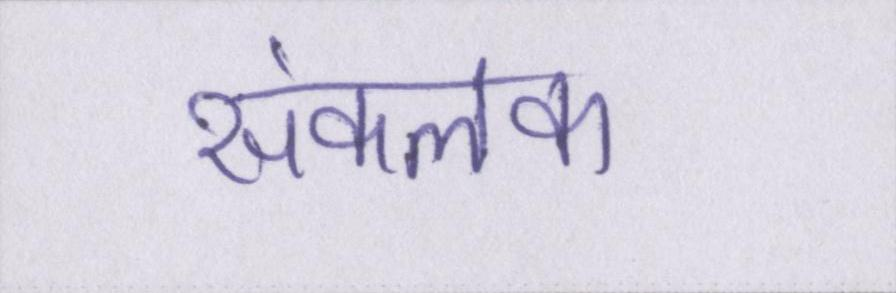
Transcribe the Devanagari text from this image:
संकलक